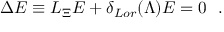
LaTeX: \Delta E \equiv { \cal L } _ { \Xi } E + \delta _ { L o r } ( \Lambda ) E = 0 \ \ .